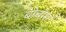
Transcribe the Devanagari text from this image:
बोबोस